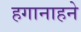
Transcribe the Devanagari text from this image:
हगानाहने